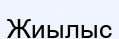
Жиылыс